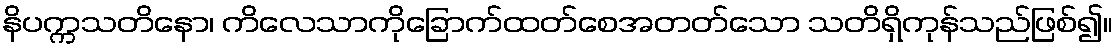
နိပက္ကသတိနော၊ ကိလေသာကိုခြောက်ထတ်စေအတတ်သော သတိရှိကုန်သည်ဖြစ်၍။